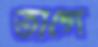
তাগে